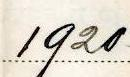
1920